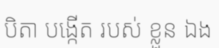
បិតា បង្កើត របស់ ខ្លួន ឯង